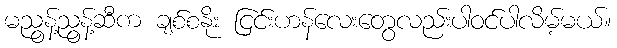
မညွန့်ညွန့်ဆီက ချစ်စနိုး ငြင်းဟန်လေးတွေလည်းပါဝင်ပါလိမ့်မယ်။